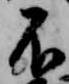
不